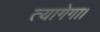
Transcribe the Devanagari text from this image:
त्यागेगा।